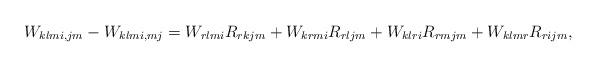
LaTeX: \begin{align*}W_{klmi, jm} -W_{klmi, mj}=W_{rlmi}R_{rkjm}+W_{krmi}R_{rljm}+W_{klri}R_{rmjm}+W_{klmr}R_{rijm},\end{align*}